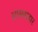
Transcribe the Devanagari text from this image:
शासनाहार